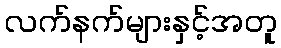
လက်နက်များနှင့်အတူ